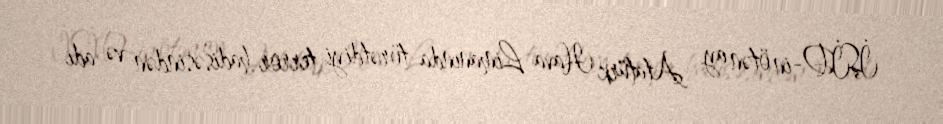
İŞİD-in ötən ay Atatürk Hava Limanında törətdiyi terror hadisəsindən və adı